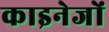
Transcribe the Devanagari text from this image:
काइनेजों